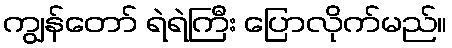
ကျွန်တော် ရဲရဲကြီး ပြောလိုက်မည်။